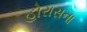
હોરાસના